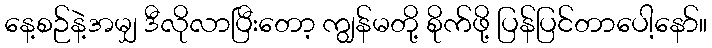
နေ့စဉ်နဲ့အမျှ ဒီလိုလာပြီးတော့ ကျွန်မတို့ စိုက်ဖို့ ပြန်ပြင်တာပေါ့နော်။